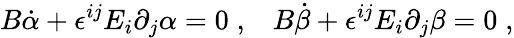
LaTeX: B\dot{\alpha}+\epsilon^{ij}E_{i}\partial_{j}\alpha=0\; ,\; \; \; B\dot{\beta}+\epsilon^{ij}E_{i}\partial_{j}\beta=0\; ,